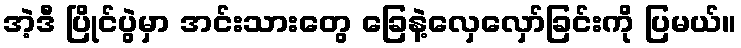
အဲ့ဒီ ပြိုင်ပွဲမှာ အင်းသားတွေ ခြေနဲ့လှေလှော်ခြင်းကို ပြမယ်။